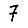
Digit: 7